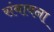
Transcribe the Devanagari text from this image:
संबावना